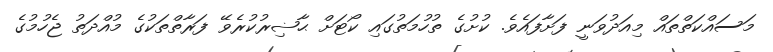
މަސައްކަތްތައް މިއަދުވަނީ ފަށާފައެވެ. ކުށުގެ ތުހުމަތުގައި ކޯޓަށް ޙާޟިރުކުރެވޭ ފަރާތްތަކުގެ މުއްދަތު ޖެހުމުގެ